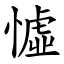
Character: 憈